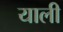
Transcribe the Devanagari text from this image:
याली